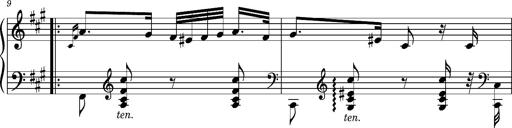
Title: Ungarischer Romanzero
Composer: Franz Liszt